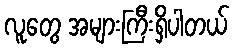
လူတွေ အများကြီးရှိပါတယ်